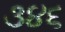
૩૪૬